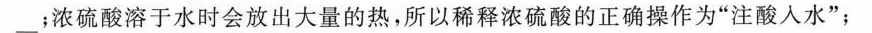
___；浓硫酸溶于水时会放出大量的热，所以稀释浓硫酸的正确操作为”注酸入水”；